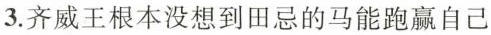
3. 齐威王根本没想到田忌的马能跑赢自己